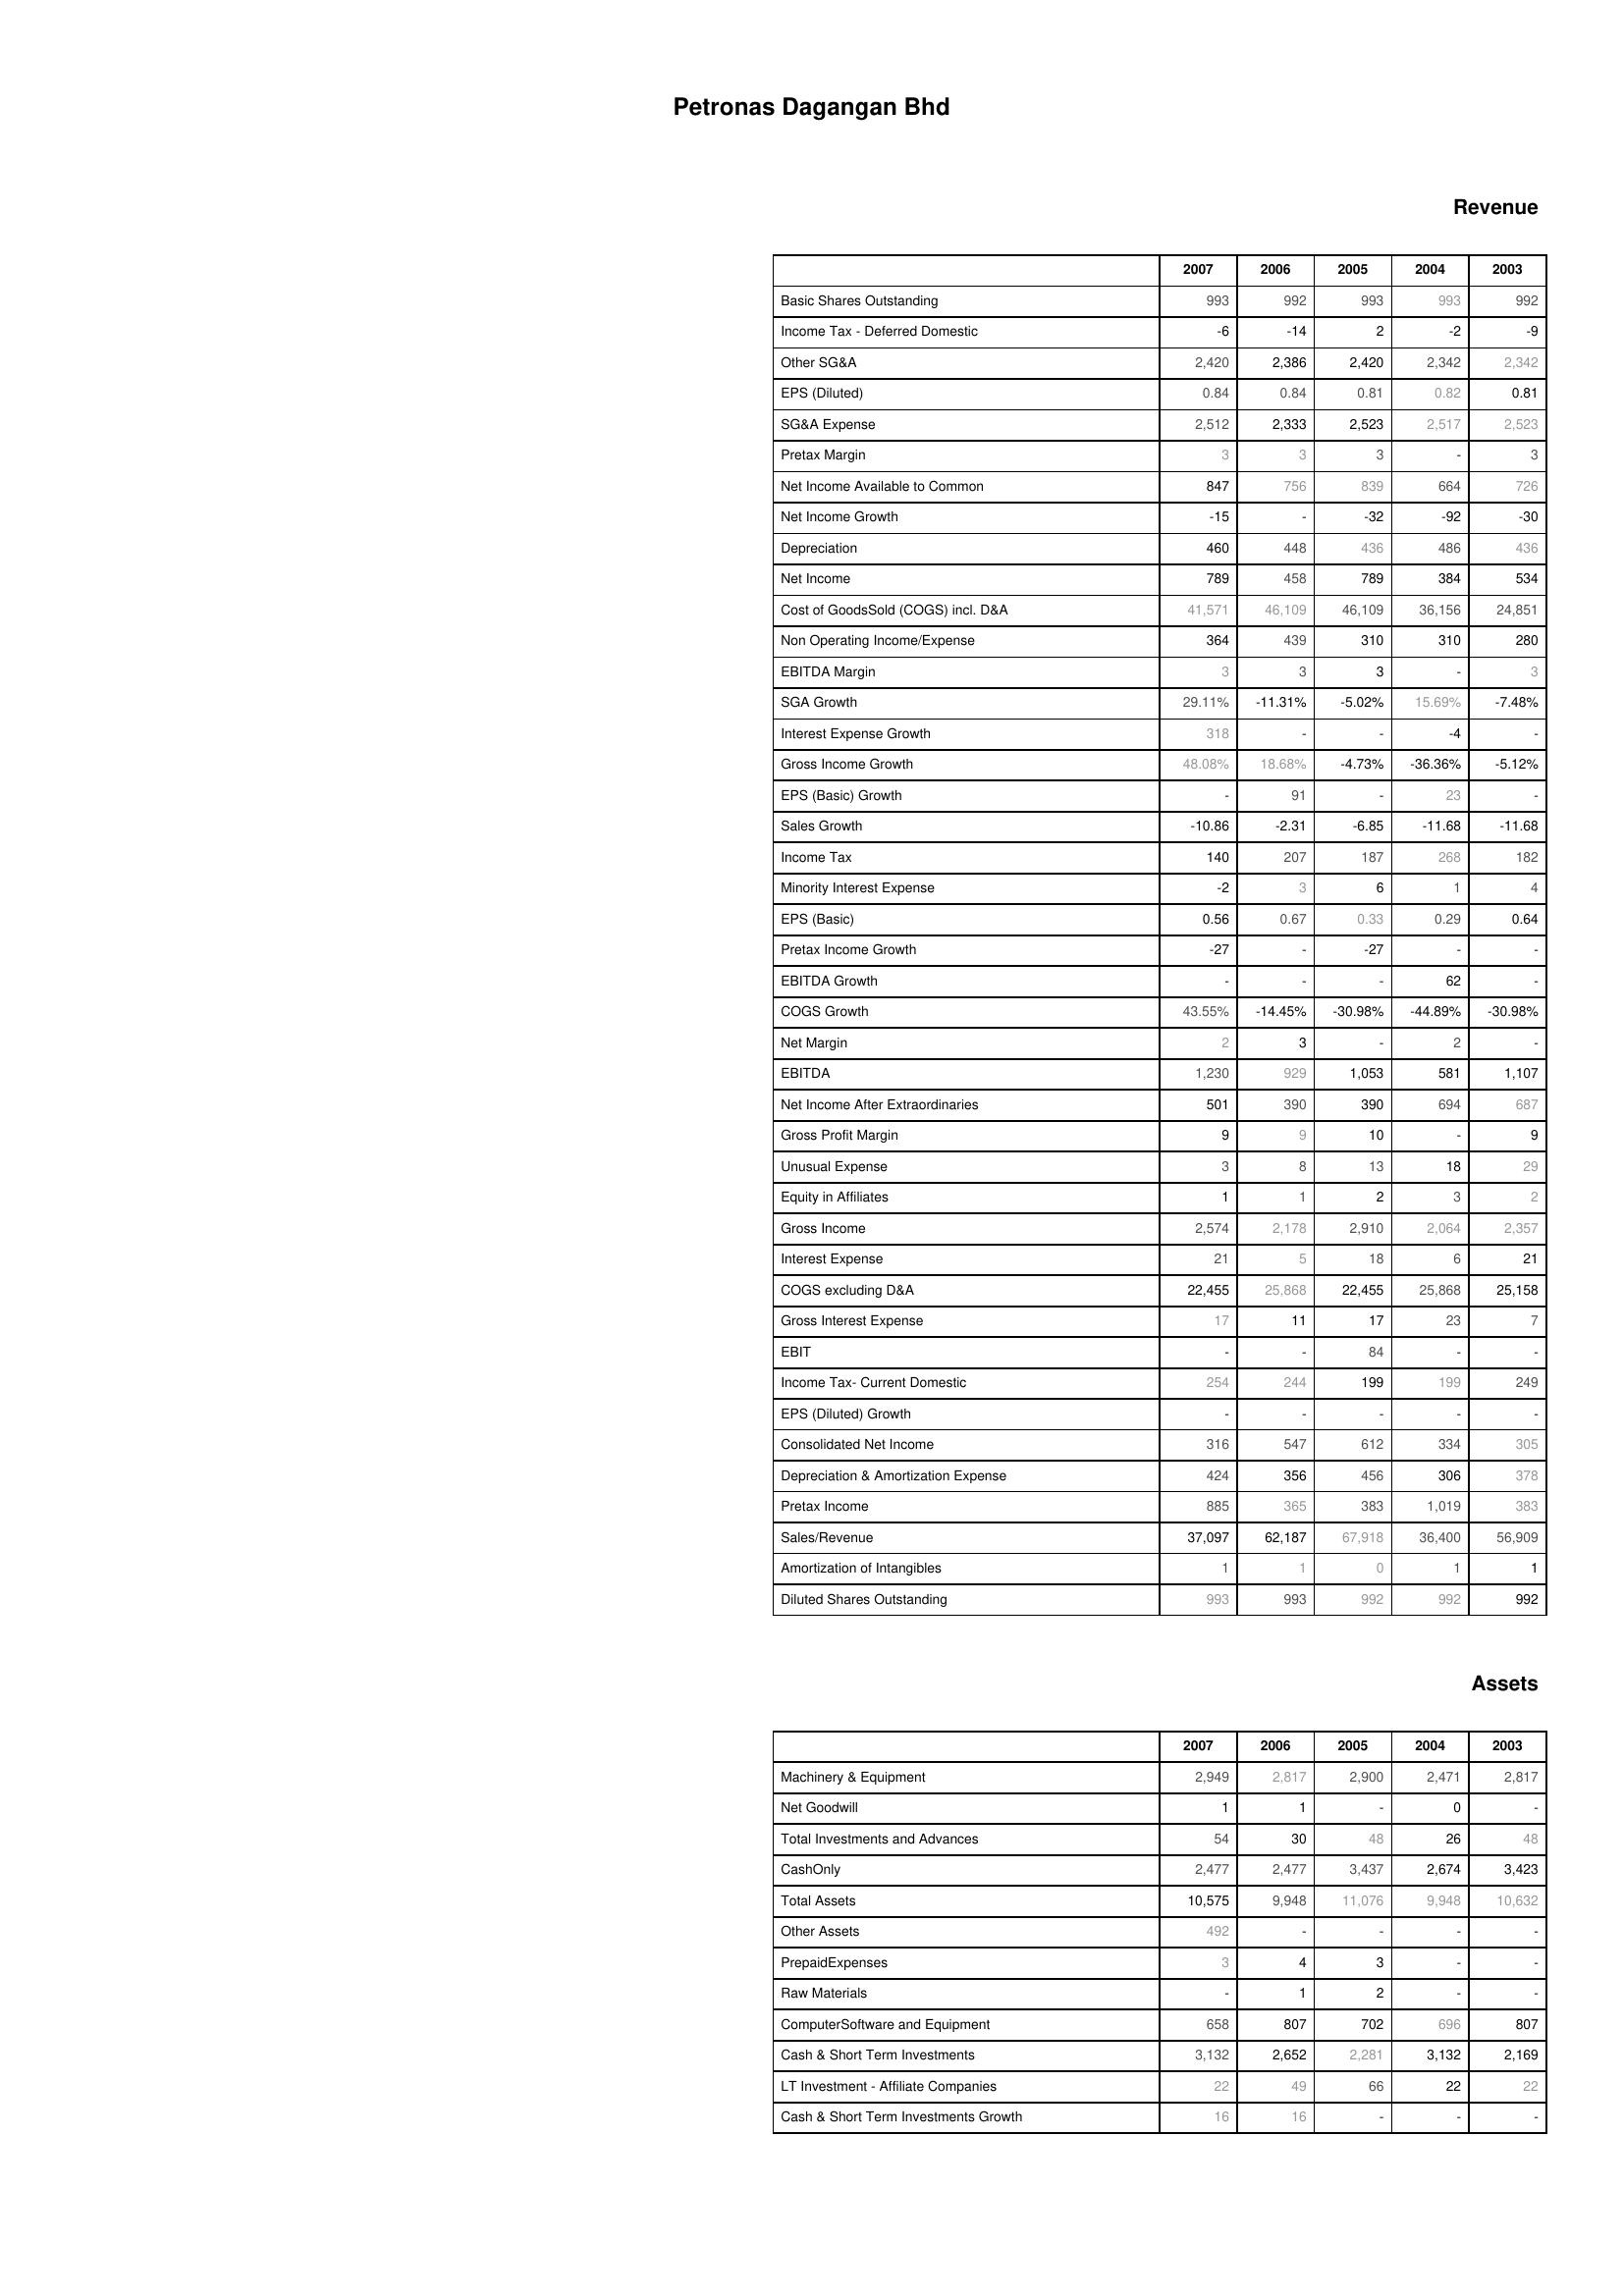
2007: Revenue: Basic Shares Outstanding: 993
Income Tax - Deferred Domestic: -6
Other SG&A: 2,420
EPS (Diluted): 0.84
SG&A Expense: 2,512
Pretax Margin: 3
Net Income Available to Common: 847
Net Income Growth: -15
Depreciation: 460
Net Income: 789
Cost of GoodsSold (COGS) incl. D&A: 41,571
Non Operating Income/Expense: 364
EBITDA Margin: 3
SGA Growth: 29.11%
Interest Expense Growth: 318
Gross Income Growth: 48.08%
EPS (Basic) Growth: -
Sales Growth: -10.86
Income Tax: 140
Minority Interest Expense: -2
EPS (Basic): 0.56
Pretax Income Growth: -27
EBITDA Growth: -
COGS Growth: 43.55%
Net Margin: 2
EBITDA: 1,230
Net Income After Extraordinaries: 501
Gross Profit Margin: 9
Unusual Expense: 3
Equity in Affiliates: 1
Gross Income: 2,574
Interest Expense: 21
COGS excluding D&A: 22,455
Gross Interest Expense: 17
EBIT: -
Income Tax- Current Domestic: 254
EPS (Diluted) Growth: -
Consolidated Net Income: 316
Depreciation & Amortization Expense: 424
Pretax Income: 885
Sales/Revenue: 37,097
Amortization of Intangibles: 1
Diluted Shares Outstanding: 993
Assets: Machinery & Equipment: 2,949
Net Goodwill: 1
Total Investments and Advances: 54
CashOnly: 2,477
Total Assets: 10,575
Other Assets: 492
PrepaidExpenses: 3
Raw Materials: -
ComputerSoftware and Equipment: 658
Cash & Short Term Investments: 3,132
LT Investment - Affiliate Companies: 22
Cash & Short Term Investments Growth: 16
2006: Revenue: Basic Shares Outstanding: 992
Income Tax - Deferred Domestic: -14
Other SG&A: 2,386
EPS (Diluted): 0.84
SG&A Expense: 2,333
Pretax Margin: 3
Net Income Available to Common: 756
Net Income Growth: -
Depreciation: 448
Net Income: 458
Cost of GoodsSold (COGS) incl. D&A: 46,109
Non Operating Income/Expense: 439
EBITDA Margin: 3
SGA Growth: -11.31%
Interest Expense Growth: -
Gross Income Growth: 18.68%
EPS (Basic) Growth: 91
Sales Growth: -2.31
Income Tax: 207
Minority Interest Expense: 3
EPS (Basic): 0.67
Pretax Income Growth: -
EBITDA Growth: -
COGS Growth: -14.45%
Net Margin: 3
EBITDA: 929
Net Income After Extraordinaries: 390
Gross Profit Margin: 9
Unusual Expense: 8
Equity in Affiliates: 1
Gross Income: 2,178
Interest Expense: 5
COGS excluding D&A: 25,868
Gross Interest Expense: 11
EBIT: -
Income Tax- Current Domestic: 244
EPS (Diluted) Growth: -
Consolidated Net Income: 547
Depreciation & Amortization Expense: 356
Pretax Income: 365
Sales/Revenue: 62,187
Amortization of Intangibles: 1
Diluted Shares Outstanding: 993
Assets: Machinery & Equipment: 2,817
Net Goodwill: 1
Total Investments and Advances: 30
CashOnly: 2,477
Total Assets: 9,948
Other Assets: -
PrepaidExpenses: 4
Raw Materials: 1
ComputerSoftware and Equipment: 807
Cash & Short Term Investments: 2,652
LT Investment - Affiliate Companies: 49
Cash & Short Term Investments Growth: 16
2005: Revenue: Basic Shares Outstanding: 993
Income Tax - Deferred Domestic: 2
Other SG&A: 2,420
EPS (Diluted): 0.81
SG&A Expense: 2,523
Pretax Margin: 3
Net Income Available to Common: 839
Net Income Growth: -32
Depreciation: 436
Net Income: 789
Cost of GoodsSold (COGS) incl. D&A: 46,109
Non Operating Income/Expense: 310
EBITDA Margin: 3
SGA Growth: -5.02%
Interest Expense Growth: -
Gross Income Growth: -4.73%
EPS (Basic) Growth: -
Sales Growth: -6.85
Income Tax: 187
Minority Interest Expense: 6
EPS (Basic): 0.33
Pretax Income Growth: -27
EBITDA Growth: -
COGS Growth: -30.98%
Net Margin: -
EBITDA: 1,053
Net Income After Extraordinaries: 390
Gross Profit Margin: 10
Unusual Expense: 13
Equity in Affiliates: 2
Gross Income: 2,910
Interest Expense: 18
COGS excluding D&A: 22,455
Gross Interest Expense: 17
EBIT: 84
Income Tax- Current Domestic: 199
EPS (Diluted) Growth: -
Consolidated Net Income: 612
Depreciation & Amortization Expense: 456
Pretax Income: 383
Sales/Revenue: 67,918
Amortization of Intangibles: 0
Diluted Shares Outstanding: 992
Assets: Machinery & Equipment: 2,900
Net Goodwill: -
Total Investments and Advances: 48
CashOnly: 3,437
Total Assets: 11,076
Other Assets: -
PrepaidExpenses: 3
Raw Materials: 2
ComputerSoftware and Equipment: 702
Cash & Short Term Investments: 2,281
LT Investment - Affiliate Companies: 66
Cash & Short Term Investments Growth: -
2004: Revenue: Basic Shares Outstanding: 993
Income Tax - Deferred Domestic: -2
Other SG&A: 2,342
EPS (Diluted): 0.82
SG&A Expense: 2,517
Pretax Margin: -
Net Income Available to Common: 664
Net Income Growth: -92
Depreciation: 486
Net Income: 384
Cost of GoodsSold (COGS) incl. D&A: 36,156
Non Operating Income/Expense: 310
EBITDA Margin: -
SGA Growth: 15.69%
Interest Expense Growth: -4
Gross Income Growth: -36.36%
EPS (Basic) Growth: 23
Sales Growth: -11.68
Income Tax: 268
Minority Interest Expense: 1
EPS (Basic): 0.29
Pretax Income Growth: -
EBITDA Growth: 62
COGS Growth: -44.89%
Net Margin: 2
EBITDA: 581
Net Income After Extraordinaries: 694
Gross Profit Margin: -
Unusual Expense: 18
Equity in Affiliates: 3
Gross Income: 2,064
Interest Expense: 6
COGS excluding D&A: 25,868
Gross Interest Expense: 23
EBIT: -
Income Tax- Current Domestic: 199
EPS (Diluted) Growth: -
Consolidated Net Income: 334
Depreciation & Amortization Expense: 306
Pretax Income: 1,019
Sales/Revenue: 36,400
Amortization of Intangibles: 1
Diluted Shares Outstanding: 992
Assets: Machinery & Equipment: 2,471
Net Goodwill: 0
Total Investments and Advances: 26
CashOnly: 2,674
Total Assets: 9,948
Other Assets: -
PrepaidExpenses: -
Raw Materials: -
ComputerSoftware and Equipment: 696
Cash & Short Term Investments: 3,132
LT Investment - Affiliate Companies: 22
Cash & Short Term Investments Growth: -
2003: Revenue: Basic Shares Outstanding: 992
Income Tax - Deferred Domestic: -9
Other SG&A: 2,342
EPS (Diluted): 0.81
SG&A Expense: 2,523
Pretax Margin: 3
Net Income Available to Common: 726
Net Income Growth: -30
Depreciation: 436
Net Income: 534
Cost of GoodsSold (COGS) incl. D&A: 24,851
Non Operating Income/Expense: 280
EBITDA Margin: 3
SGA Growth: -7.48%
Interest Expense Growth: -
Gross Income Growth: -5.12%
EPS (Basic) Growth: -
Sales Growth: -11.68
Income Tax: 182
Minority Interest Expense: 4
EPS (Basic): 0.64
Pretax Income Growth: -
EBITDA Growth: -
COGS Growth: -30.98%
Net Margin: -
EBITDA: 1,107
Net Income After Extraordinaries: 687
Gross Profit Margin: 9
Unusual Expense: 29
Equity in Affiliates: 2
Gross Income: 2,357
Interest Expense: 21
COGS excluding D&A: 25,158
Gross Interest Expense: 7
EBIT: -
Income Tax- Current Domestic: 249
EPS (Diluted) Growth: -
Consolidated Net Income: 305
Depreciation & Amortization Expense: 378
Pretax Income: 383
Sales/Revenue: 56,909
Amortization of Intangibles: 1
Diluted Shares Outstanding: 992
Assets: Machinery & Equipment: 2,817
Net Goodwill: -
Total Investments and Advances: 48
CashOnly: 3,423
Total Assets: 10,632
Other Assets: -
PrepaidExpenses: -
Raw Materials: -
ComputerSoftware and Equipment: 807
Cash & Short Term Investments: 2,169
LT Investment - Affiliate Companies: 22
Cash & Short Term Investments Growth: -